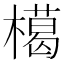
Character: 𱤟